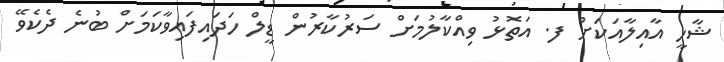
ޝާހީ އާއިލާއަކަށް ފ. އަތޮޅު ވިއްކާލުމަށް ސަރުކާރުން ޑީލް ހަދައިފައިވާކަމަށް ބުނެ ދެކެވޭ